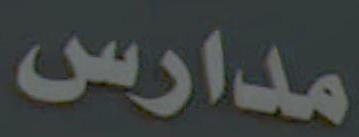
مدارس